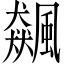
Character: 飆